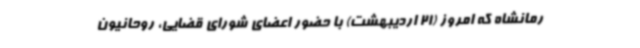
رمانشاه که امروز (21 اردیبهشت) با حضور اعضای شورای قضایی، روحانیون